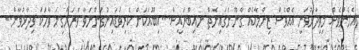
އެހެންވެސް މިވިދާޅުވަނީ އެއްވެސް ޒިންމާއެއް ގާނޫނުގައިނެތް ނއިބްރައީސް...އިބޫއަކަށް ކެރިވަޑައިނުގަންނަވާ ވަރަށްގިނަ ވާހަކަ ވިދާޅުވާން..